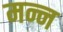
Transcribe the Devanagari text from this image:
मन्न